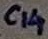
Text: C14